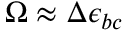
\Omega \approx \Delta \epsilon _ { b c }